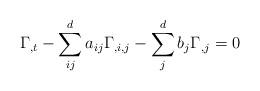
LaTeX: \begin{align*}\Gamma_{,t}-\sum_{ij}^da_{ij}\Gamma_{,i,j}-\sum_j^d b_j\Gamma_{,j}=0\end{align*}